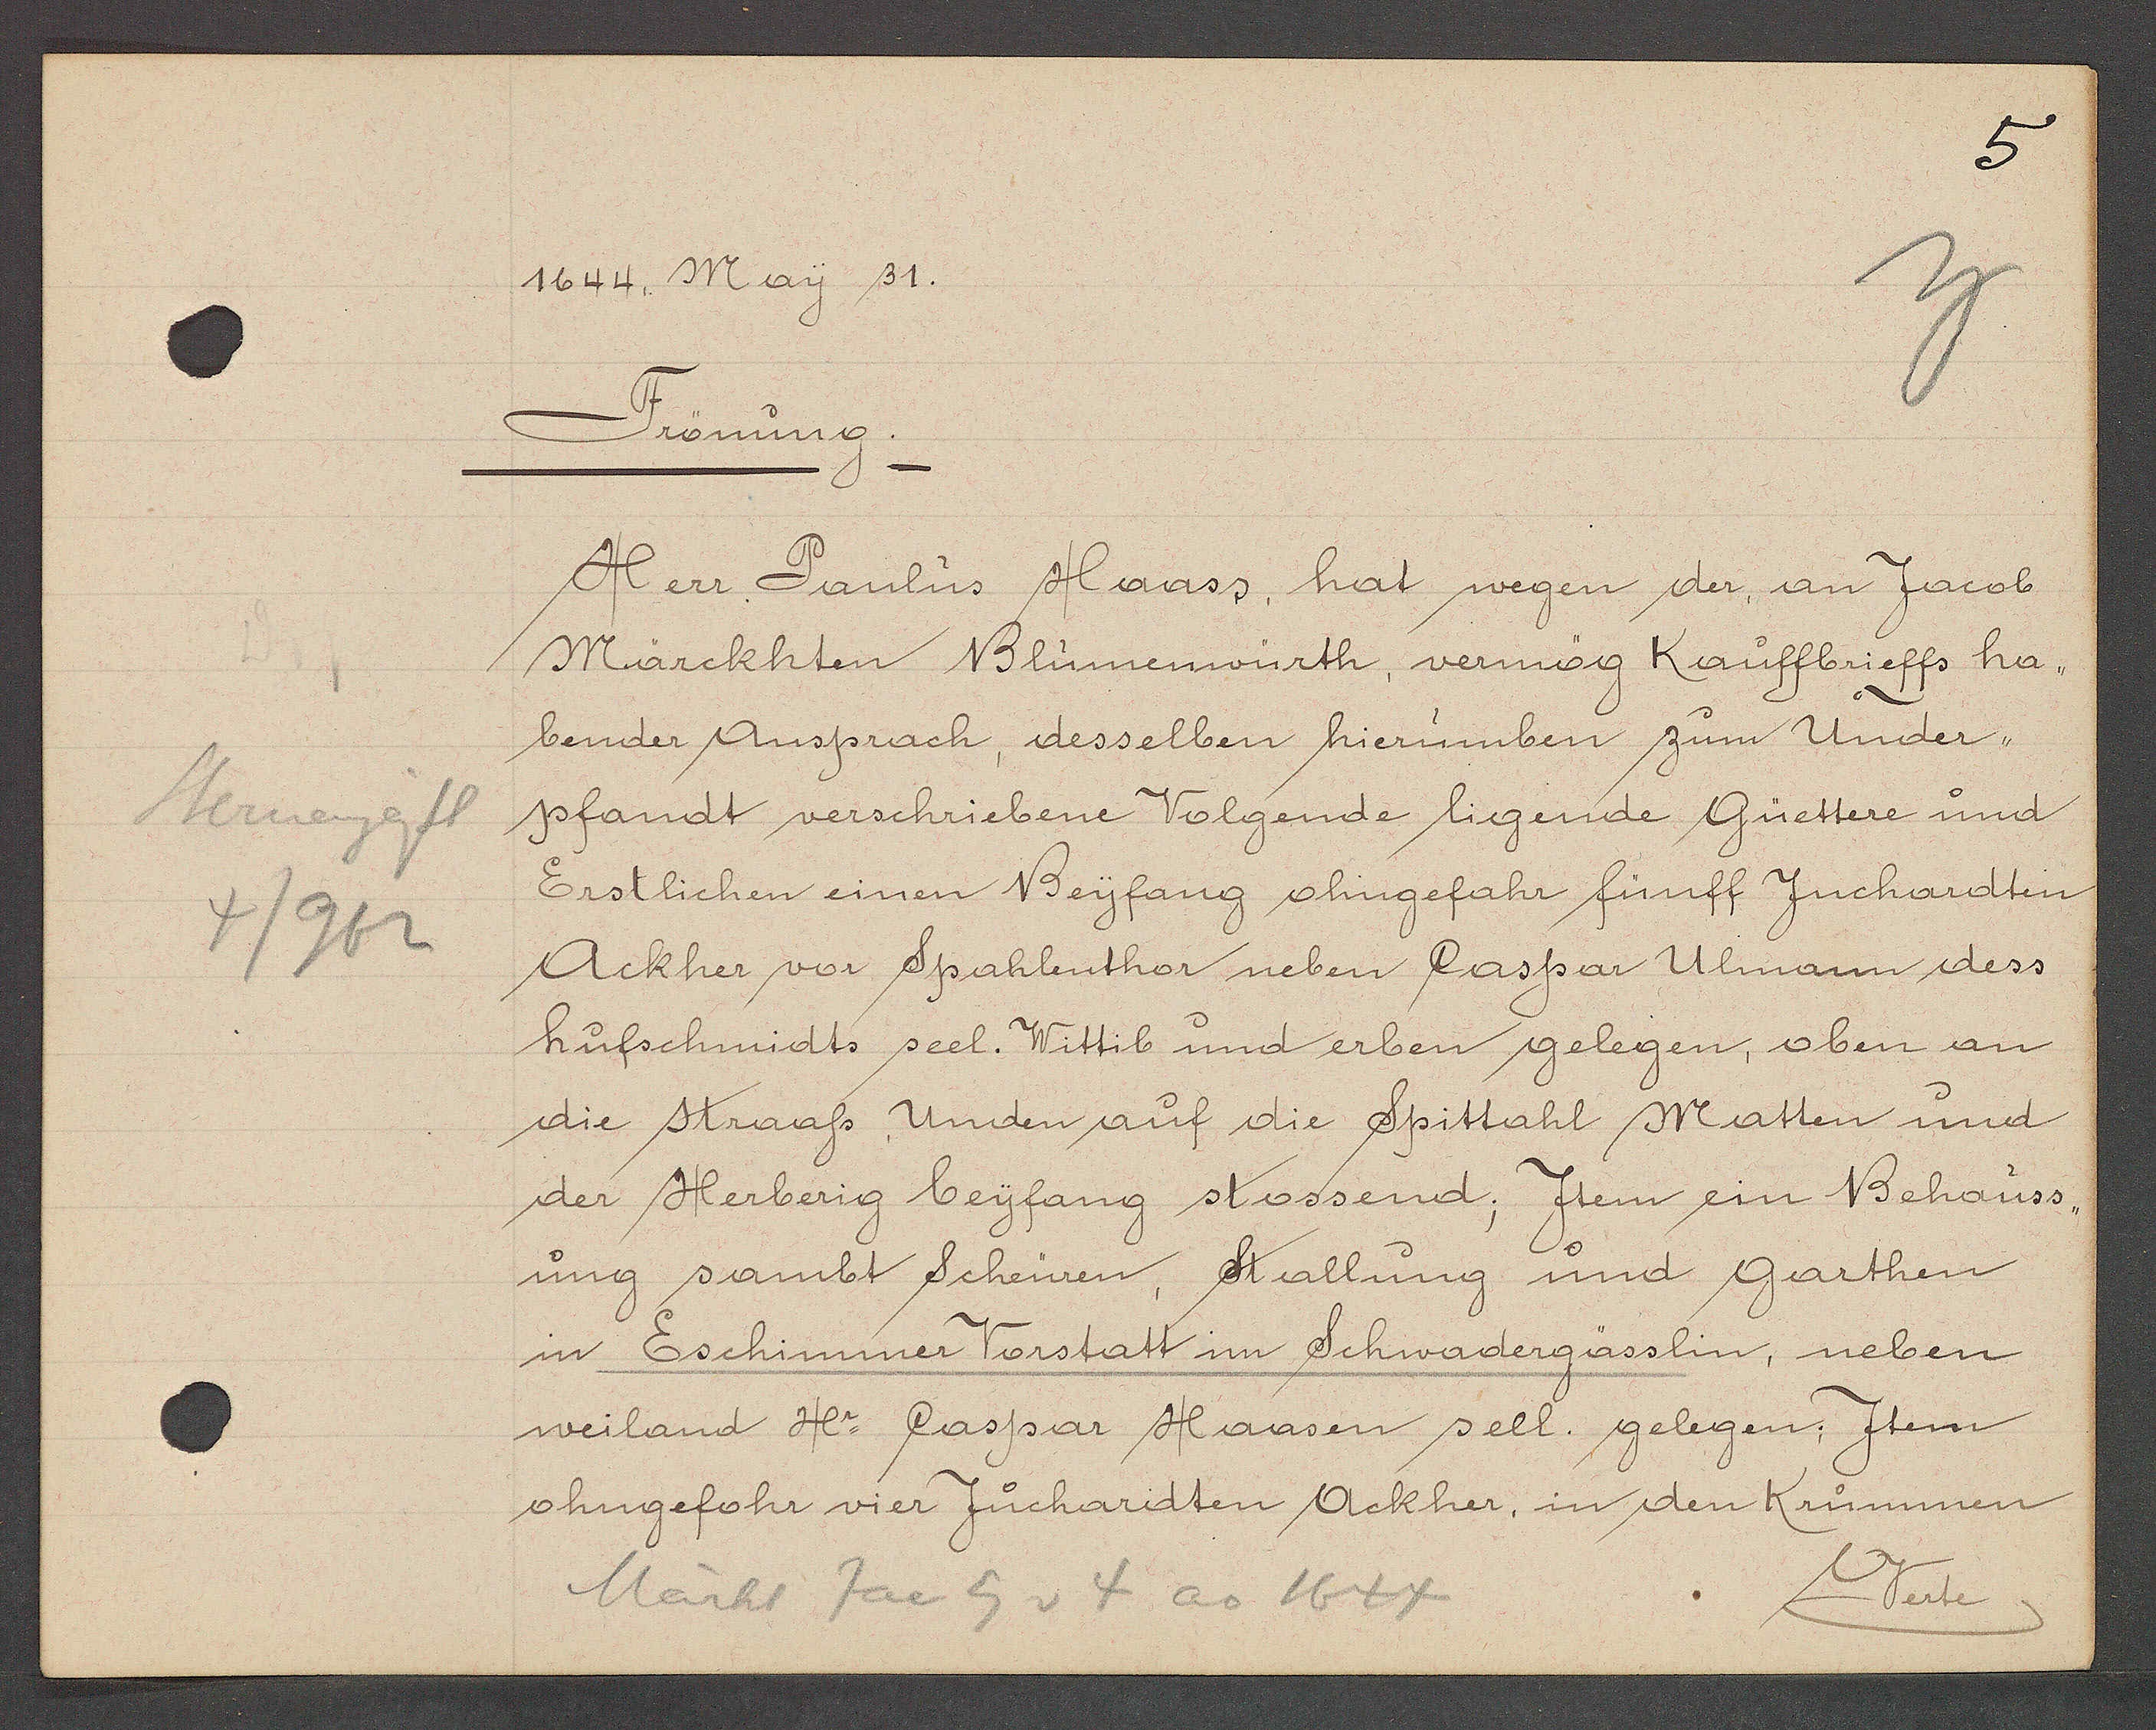
Transcript:
Sternengässl
4/962

1644. May 31.

Frönung.
Herr Paulus Honass hat wegen der an Jacob
Märckhten Blumenwürth, vermög Kauffbrieffs ha¬
bender Anspruch, desselben hierumben zum Under¬
pfandt verschriebene Volgende ligende Güettere und
Erstlichen einen Beyfang ohngefahr fünff Juchardtin
Ackher vor Spahlenthor neben Caspar Ulmann dess
hufschmidts seel. Wittib und erben gelegen, oben an
die straass, Unden auf die Spittahl Matten und
der Herberig beyfang stossend; Jtem ein Behauss¬
ung sambt Scheüren, Stallung und Garthen
in Eschimmer Vorstatt im Schwadergässlin, neben
weiland Hr. Caspar Haasen sell. gelegen: Item
ohngefohr vier Juchardten Ackher in den Krummen

Märkt Jac Eg v 4 ao 1644

Verte